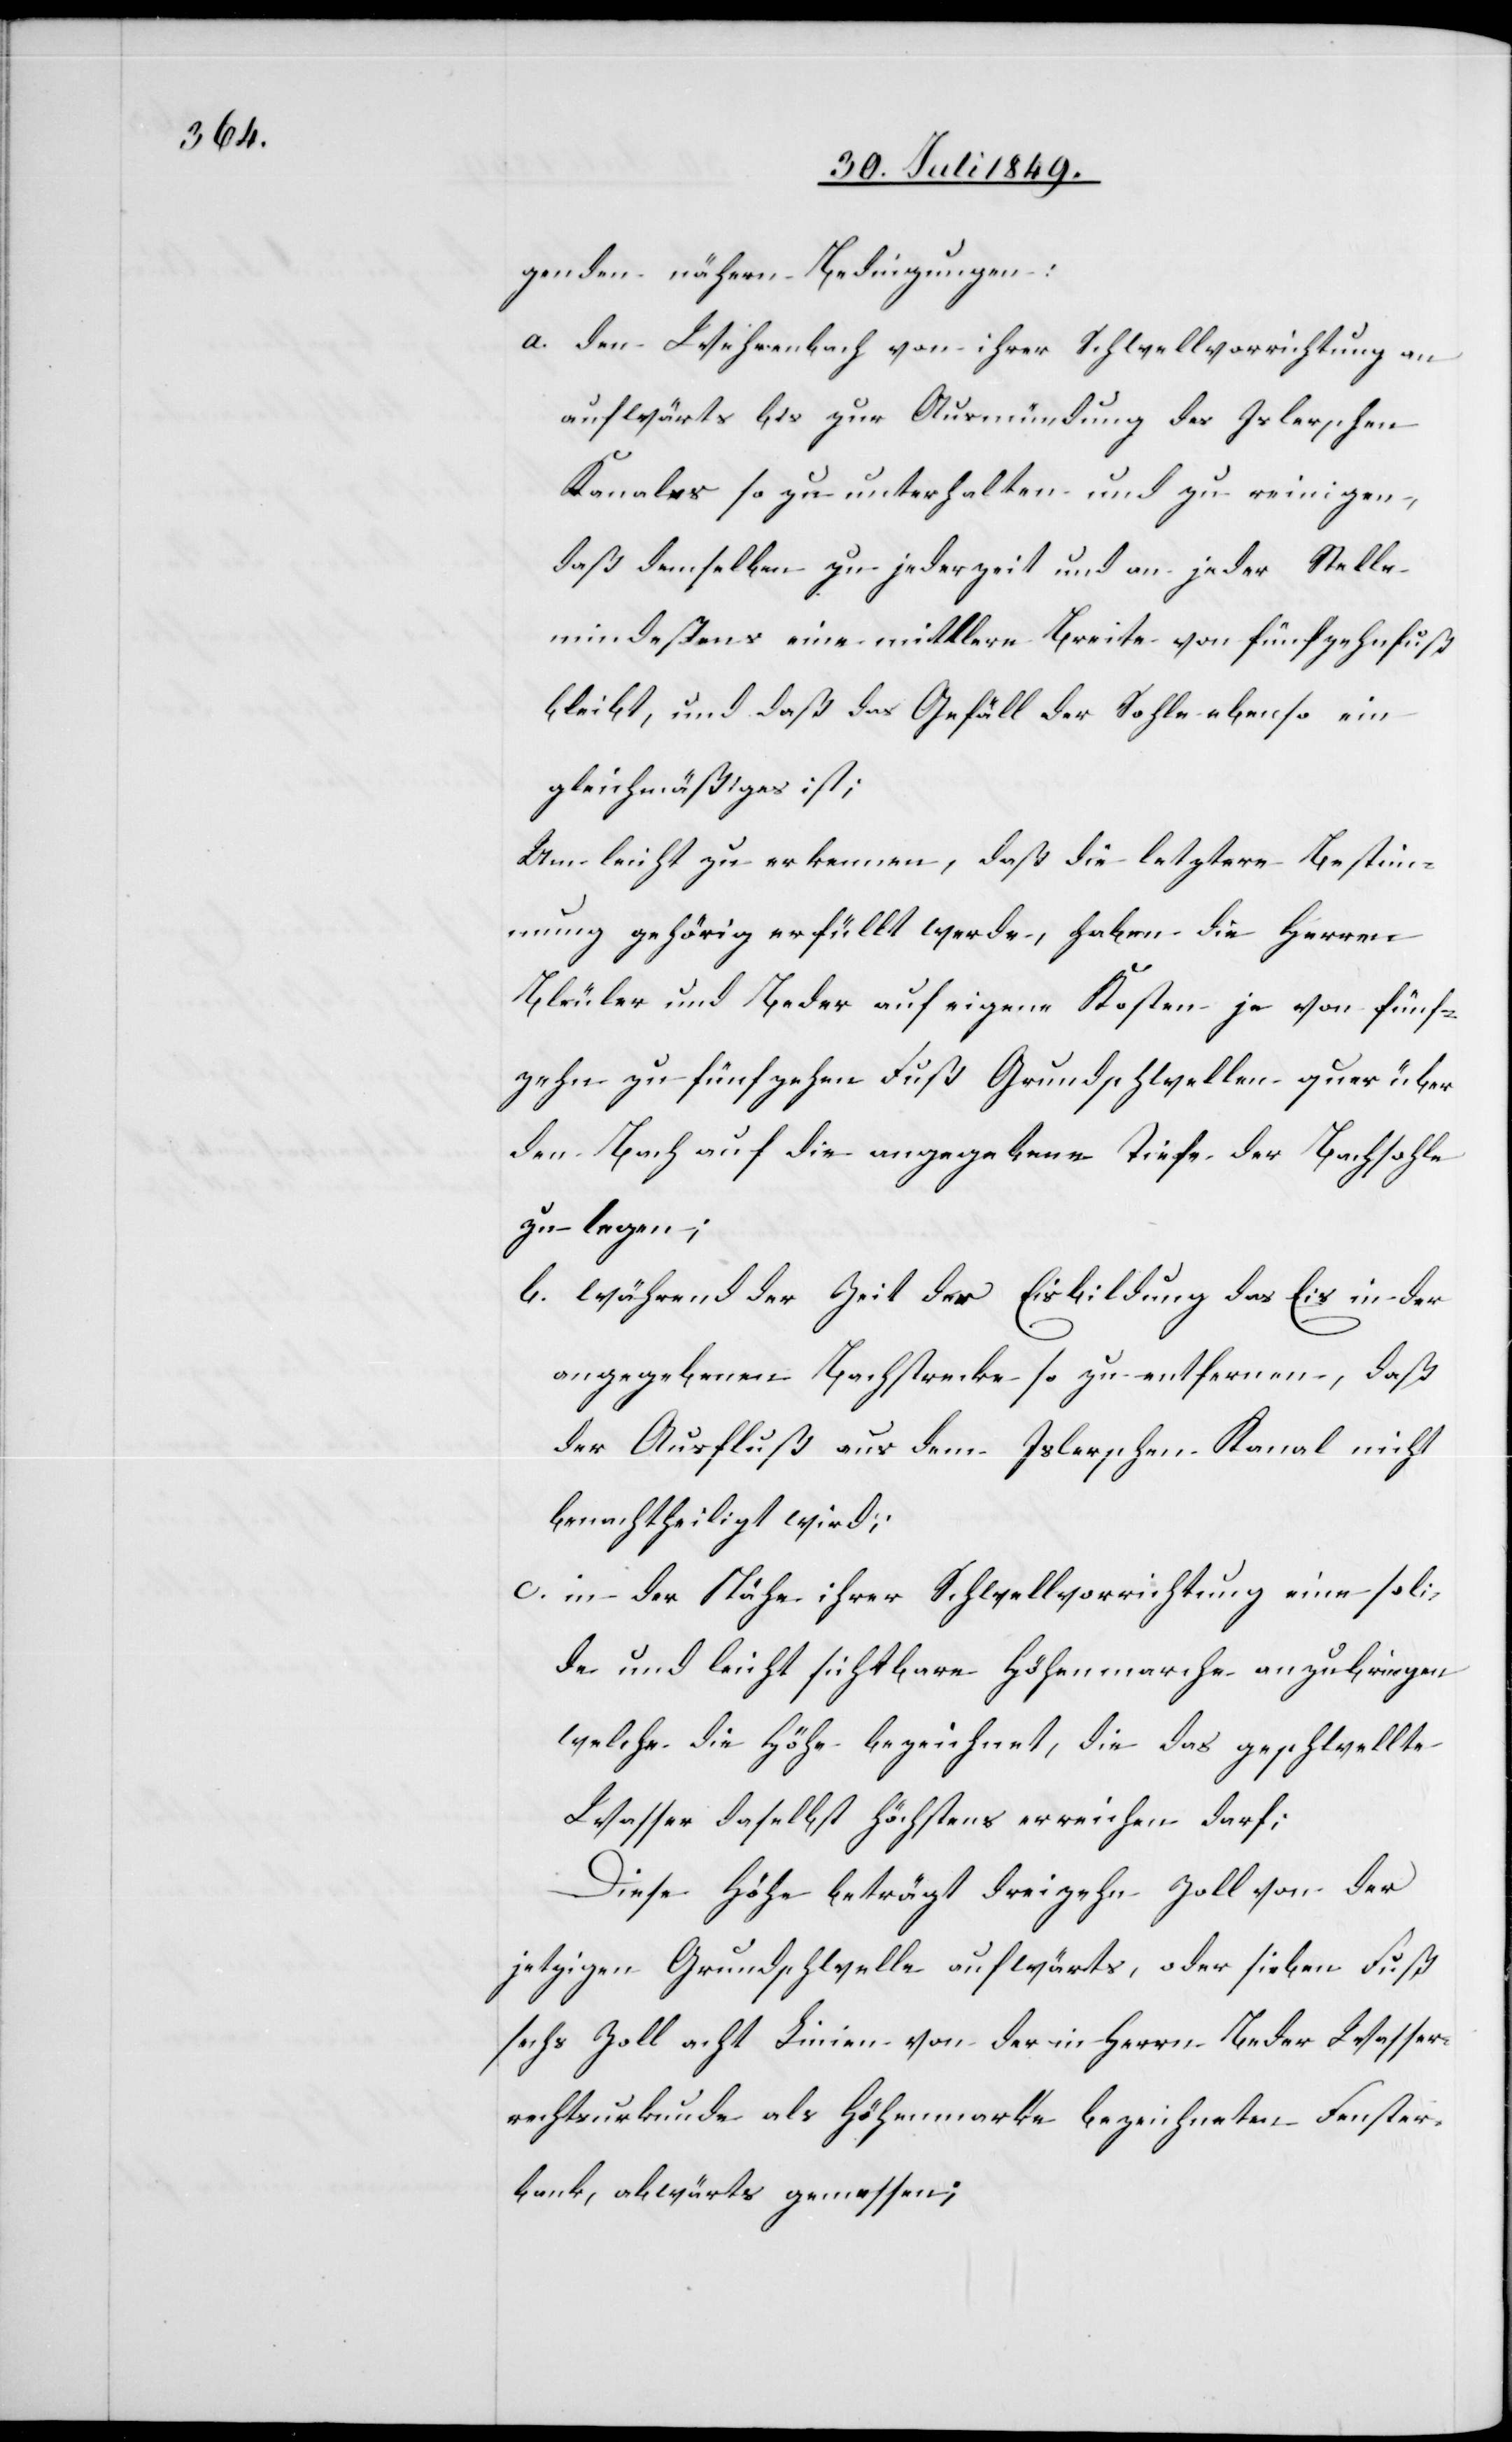
genden nähern Bedingungen:
a. den Wehrenbach von ihrer Schwellvorrichtung an
aufwärts bis zur Ausmündung des Islerschen
Kanales so zu unterhalten und zu reinigen,
daß demselben zu jederzeit und an jeder Stelle
mindestens eine mittlere Breite von fünfzehn fuß
bleibt, und daß das Gefäll der Sohle ebenso ein
gleichmäßiges ist;
Um leicht zu erkennen, daß die letztere Bestimm¬
ung gehörig erfüllt werde, haben die Herren
Bleuler und Beder auf eigene Kosten je von fünf¬
zehn zu fünfzehen [sic!] Fuß Grundschwellen quer über
den Bach auf die angegebene Tiefe der Bachsohle
zu legen;
b. während der Zeit der Eisbildung das Eis in der
angegebenen Bachstrecke so zu entfernen, daß
der Ausfluß aus dem Islerschen Kanal nicht
benachtheiligt wird;
c. in der Nähe ihrer Schwellvorrichtung eine soli¬
de und leicht sichtbare Höhenmarche anzubringen
welche die Höhe bezeichnet, die das geschwellte
Wasser daselbst höchstens erreichen darf,
Diese Höhe beträgt dreizehn Zoll von der
jetzigen Grundschwelle aufwärts, oder sieben Fuß
sechs Zoll acht Linien von der in Herrn Beder Wasser¬
rechtsurkunde als Höhenmarke bezeichneten Fenster¬
bank, abwärts gemessen;